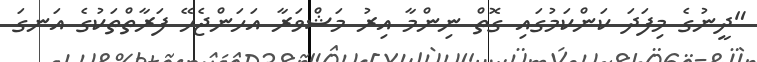
"ދީނުގެ މިފަދަ ކަންކަމުގައި ގޮތް ނިންމާ އިރު މަޝްވަރާ އަހަންޖެހޭ ފަރާތްތަކުގެ އަނގަ